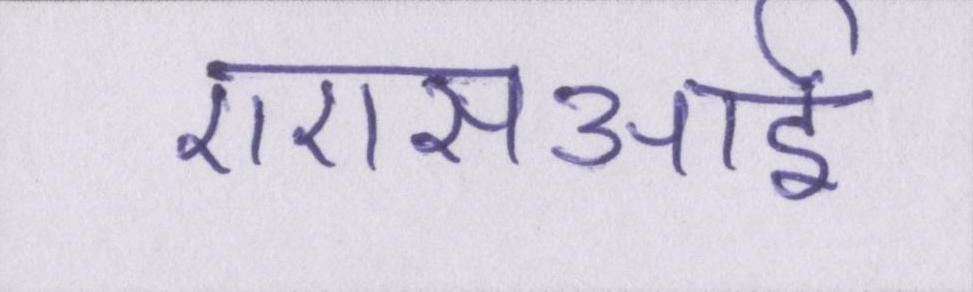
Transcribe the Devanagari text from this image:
एएसआई